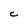
Character: C